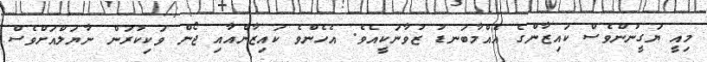
މިއީ ޔަގީނުންވެސް ކައިޒާންގެ އެއްމާބަނޑު ޒުވާނަކީއެވެ. އެހެންވެ ކައިޒާންއާއި ޖޯން ވަކިކުރަން ނާޔަލްއަށްވެސް